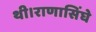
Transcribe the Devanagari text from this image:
थी।राणासिंघे